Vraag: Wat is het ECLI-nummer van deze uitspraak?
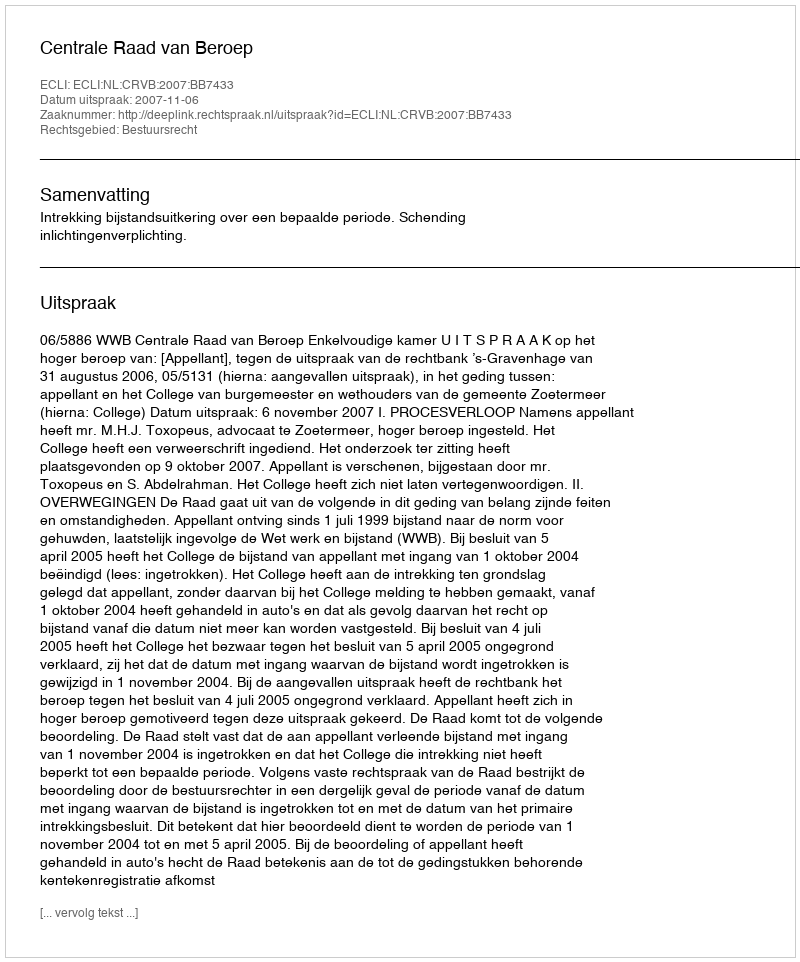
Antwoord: ECLI:NL:CRVB:2007:BB7433